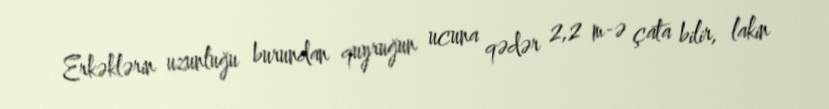
Erkəklərin uzunluğu burundan quyruğun ucuna qədər 2,2 m-ə çata bilir, lakin